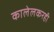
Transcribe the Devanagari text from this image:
कालेलकरही